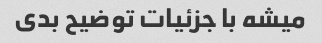
میشه با جزئیات توضیح بدی